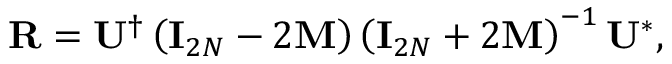
{ \bf R } = { \bf U } ^ { \dagger } \left( { \bf I } _ { 2 N } - 2 { \bf M } \right) \left( { \bf I } _ { 2 N } + 2 { \bf M } \right) ^ { - 1 } { \bf U } ^ { * } ,